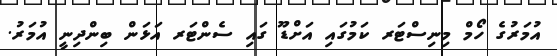
އުމަރުގެ ހޯމް މިނިސްޓަރ ކަމުގައި އަށްޑޫ ގައި ސެންޓަރ އަޅަން ބިންދިނީ އުމަރު.